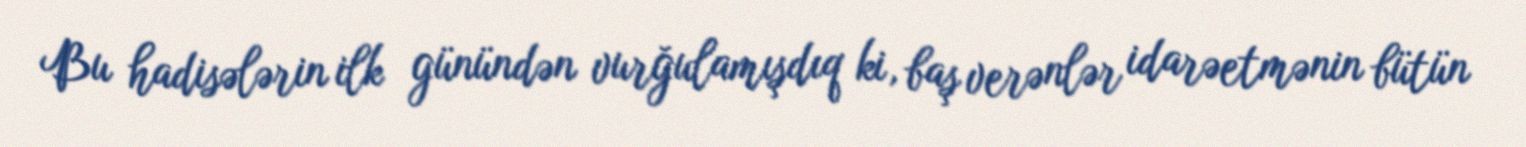
Bu hadisələrin ilk günündən vurğulamışdıq ki, baş verənlər idarəetmənin bütün